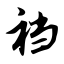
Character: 裆